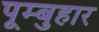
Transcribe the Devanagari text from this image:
पूम्बुहार